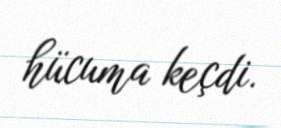
hücuma keçdi.